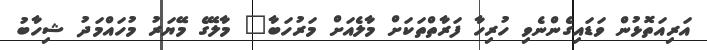
އަރިއަތޮޅުން ވަޑައިގެންނެވި ހުރިހާ ފަރާތްތަކަށް މާލެއަށް މަރުހަބާ" މާލޭގެ މޭޔަރު މުހައްމަދު ޝިހާބު